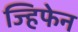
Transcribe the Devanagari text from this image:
ज्हिफेन